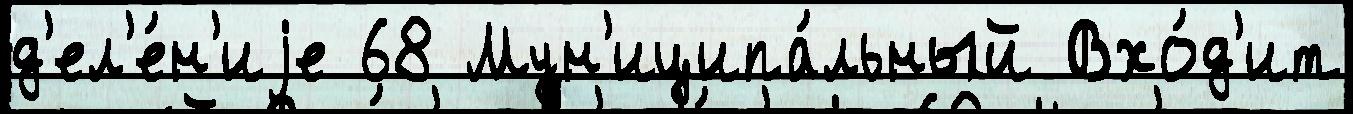
д'ел'е́н'иjе 68 Мун'иципа́льный Вхо́д'ит